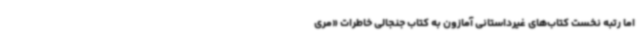
اما رتبه نخست کتاب‌های غیرداستانی آمازون به کتاب جنجالی خاطرات «مری